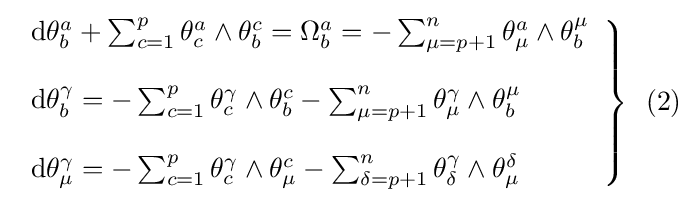
\left.{\begin{array}{l}\mathrm {d} \theta _{b}^{a}+\sum _{c=1}^{p}\theta _{c}^{a}\wedge \theta _{b}^{c}=\Omega _{b}^{a}=-\sum _{\mu =p+1}^{n}\theta _{\mu }^{a}\wedge \theta _{b}^{\mu }\\\\\mathrm {d} \theta _{b}^{\gamma }=-\sum _{c=1}^{p}\theta _{c}^{\gamma }\wedge \theta _{b}^{c}-\sum _{\mu =p+1}^{n}\theta _{\mu }^{\gamma }\wedge \theta _{b}^{\mu }\\\\\mathrm {d} \theta _{\mu }^{\gamma }=-\sum _{c=1}^{p}\theta _{c}^{\gamma }\wedge \theta _{\mu }^{c}-\sum _{\delta =p+1}^{n}\theta _{\delta }^{\gamma }\wedge \theta _{\mu }^{\delta }\end{array}}\right\}\,\,\,(2)